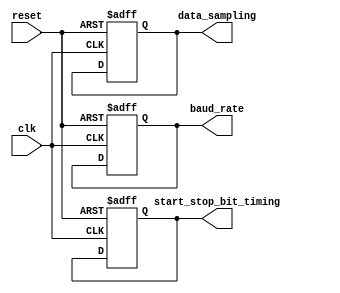
module timing_control_block (
    input wire clk,
    input wire reset,
    output reg baud_rate,
    output reg start_stop_bit_timing,
    output reg data_sampling
);

always @(posedge clk or posedge reset) begin
    if (reset) begin
        baud_rate <= 0;
        start_stop_bit_timing <= 0;
        data_sampling <= 0;
    end else begin
        // Logic for generating clock signals and ensuring proper timing
        // You can add more detailed implementation here
    end
end

endmodule